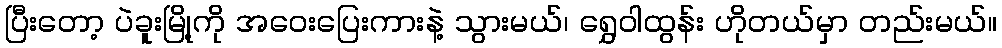
ပြီးတော့ ပဲခူးမြို့ကို အဝေးပြေးကားနဲ့ သွားမယ်၊ ရွှေဝါထွန်း ဟိုတယ်မှာ တည်းမယ်။